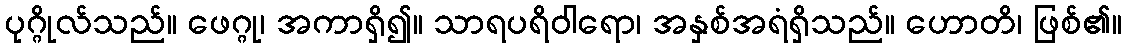
ပုဂ္ဂိုလ်သည်။ ဖေဂ္ဂု၊ အကာရှိ၍။ သာရပရိဝါရော၊ အနှစ်အရံရှိသည်။ ဟောတိ၊ ဖြစ်၏။